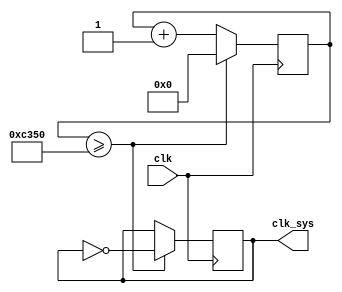
`timescale 1ns / 1ps
//////////////////////////////////////////////////////////////////////////////////
// Company: 
// Engineer: 
// 
// Design Name: 
// Module Name: clock_div
// Project Name: 
// Target Devices: 
// Tool Versions: 
// Description: 
// 
// Dependencies: 
// 
// Revision:
// Revision 0.01 - File Created
// Additional Comments:
// 
//////////////////////////////////////////////////////////////////////////////////


module clock_div(
clk, //100MHz
clk_sys //1KHz
    );
   input clk;
   output clk_sys;
    reg clk_sys = 0;
    reg [25:0] div_counter = 0;
   always @(posedge clk) begin
    if(div_counter>=50000) begin
     clk_sys<=~clk_sys;
    div_counter<=0;
   end else begin
    div_counter <= div_counter + 1;
   end
  end
endmodule